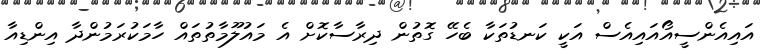
އައިއެންސީއޯއައިއެސް އަކީ ކަނޑުތަކާ ބެހޭ ގޮތުން ދިރާސާކޮށް އެ މައުލޫމާތުތައް ހާމަކުރަމުންދާ އިންޑިއާ